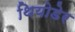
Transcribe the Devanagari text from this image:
थियोडेर